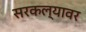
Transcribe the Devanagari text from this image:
सरकल्यावर